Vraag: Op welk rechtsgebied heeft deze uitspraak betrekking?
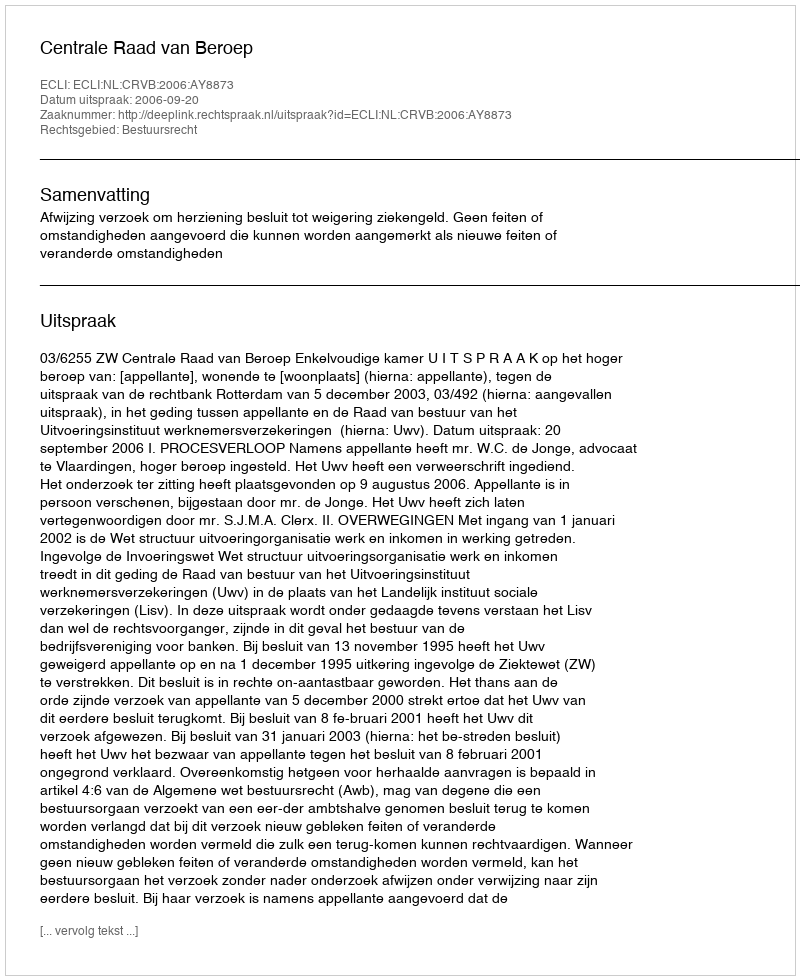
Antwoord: Bestuursrecht